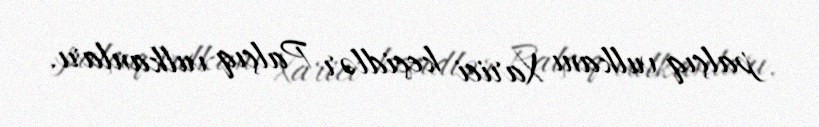
palçıq vulkanı Xarici keçidlər Palçıq vulkanları.